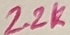
Text: 2.2K